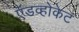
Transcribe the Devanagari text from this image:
ऍडव्होकेट